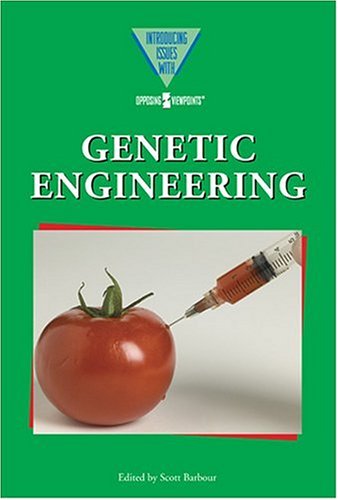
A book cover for Genetic Engineering (Introducing Issues with Opposing Viewpoints); Teen & Young Adult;